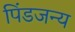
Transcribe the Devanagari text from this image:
पिंडजन्य